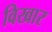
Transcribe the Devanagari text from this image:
विखार